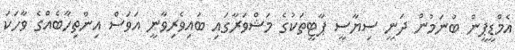
އެމްޑީޕީން ބުނަމުން ދަނީ ސިޔާސީ ޕާޓީތަކުގެ މަޝްވަރާގައި ބައިވެރިވާނީ އަވަސް އިންތިހާބެއްގެ ވާހަކަ